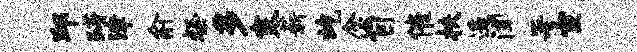
邱躇津俞粲多寒薪屹念自催扶遥闻署宣